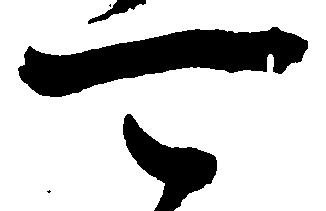
可